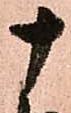
十